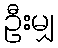
ဦးမျှ